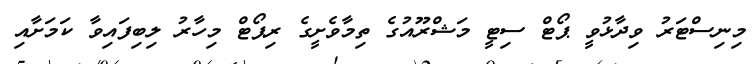
މިނިސްޓަރު ވިދާޅުވީ ޕޯޓް ސިޓީ މަޝްރޫއުގެ ތިމާވެށީގެ ރިޕޯޓް މިހާރު ލިބިފައިވާ ކަމަށާއި